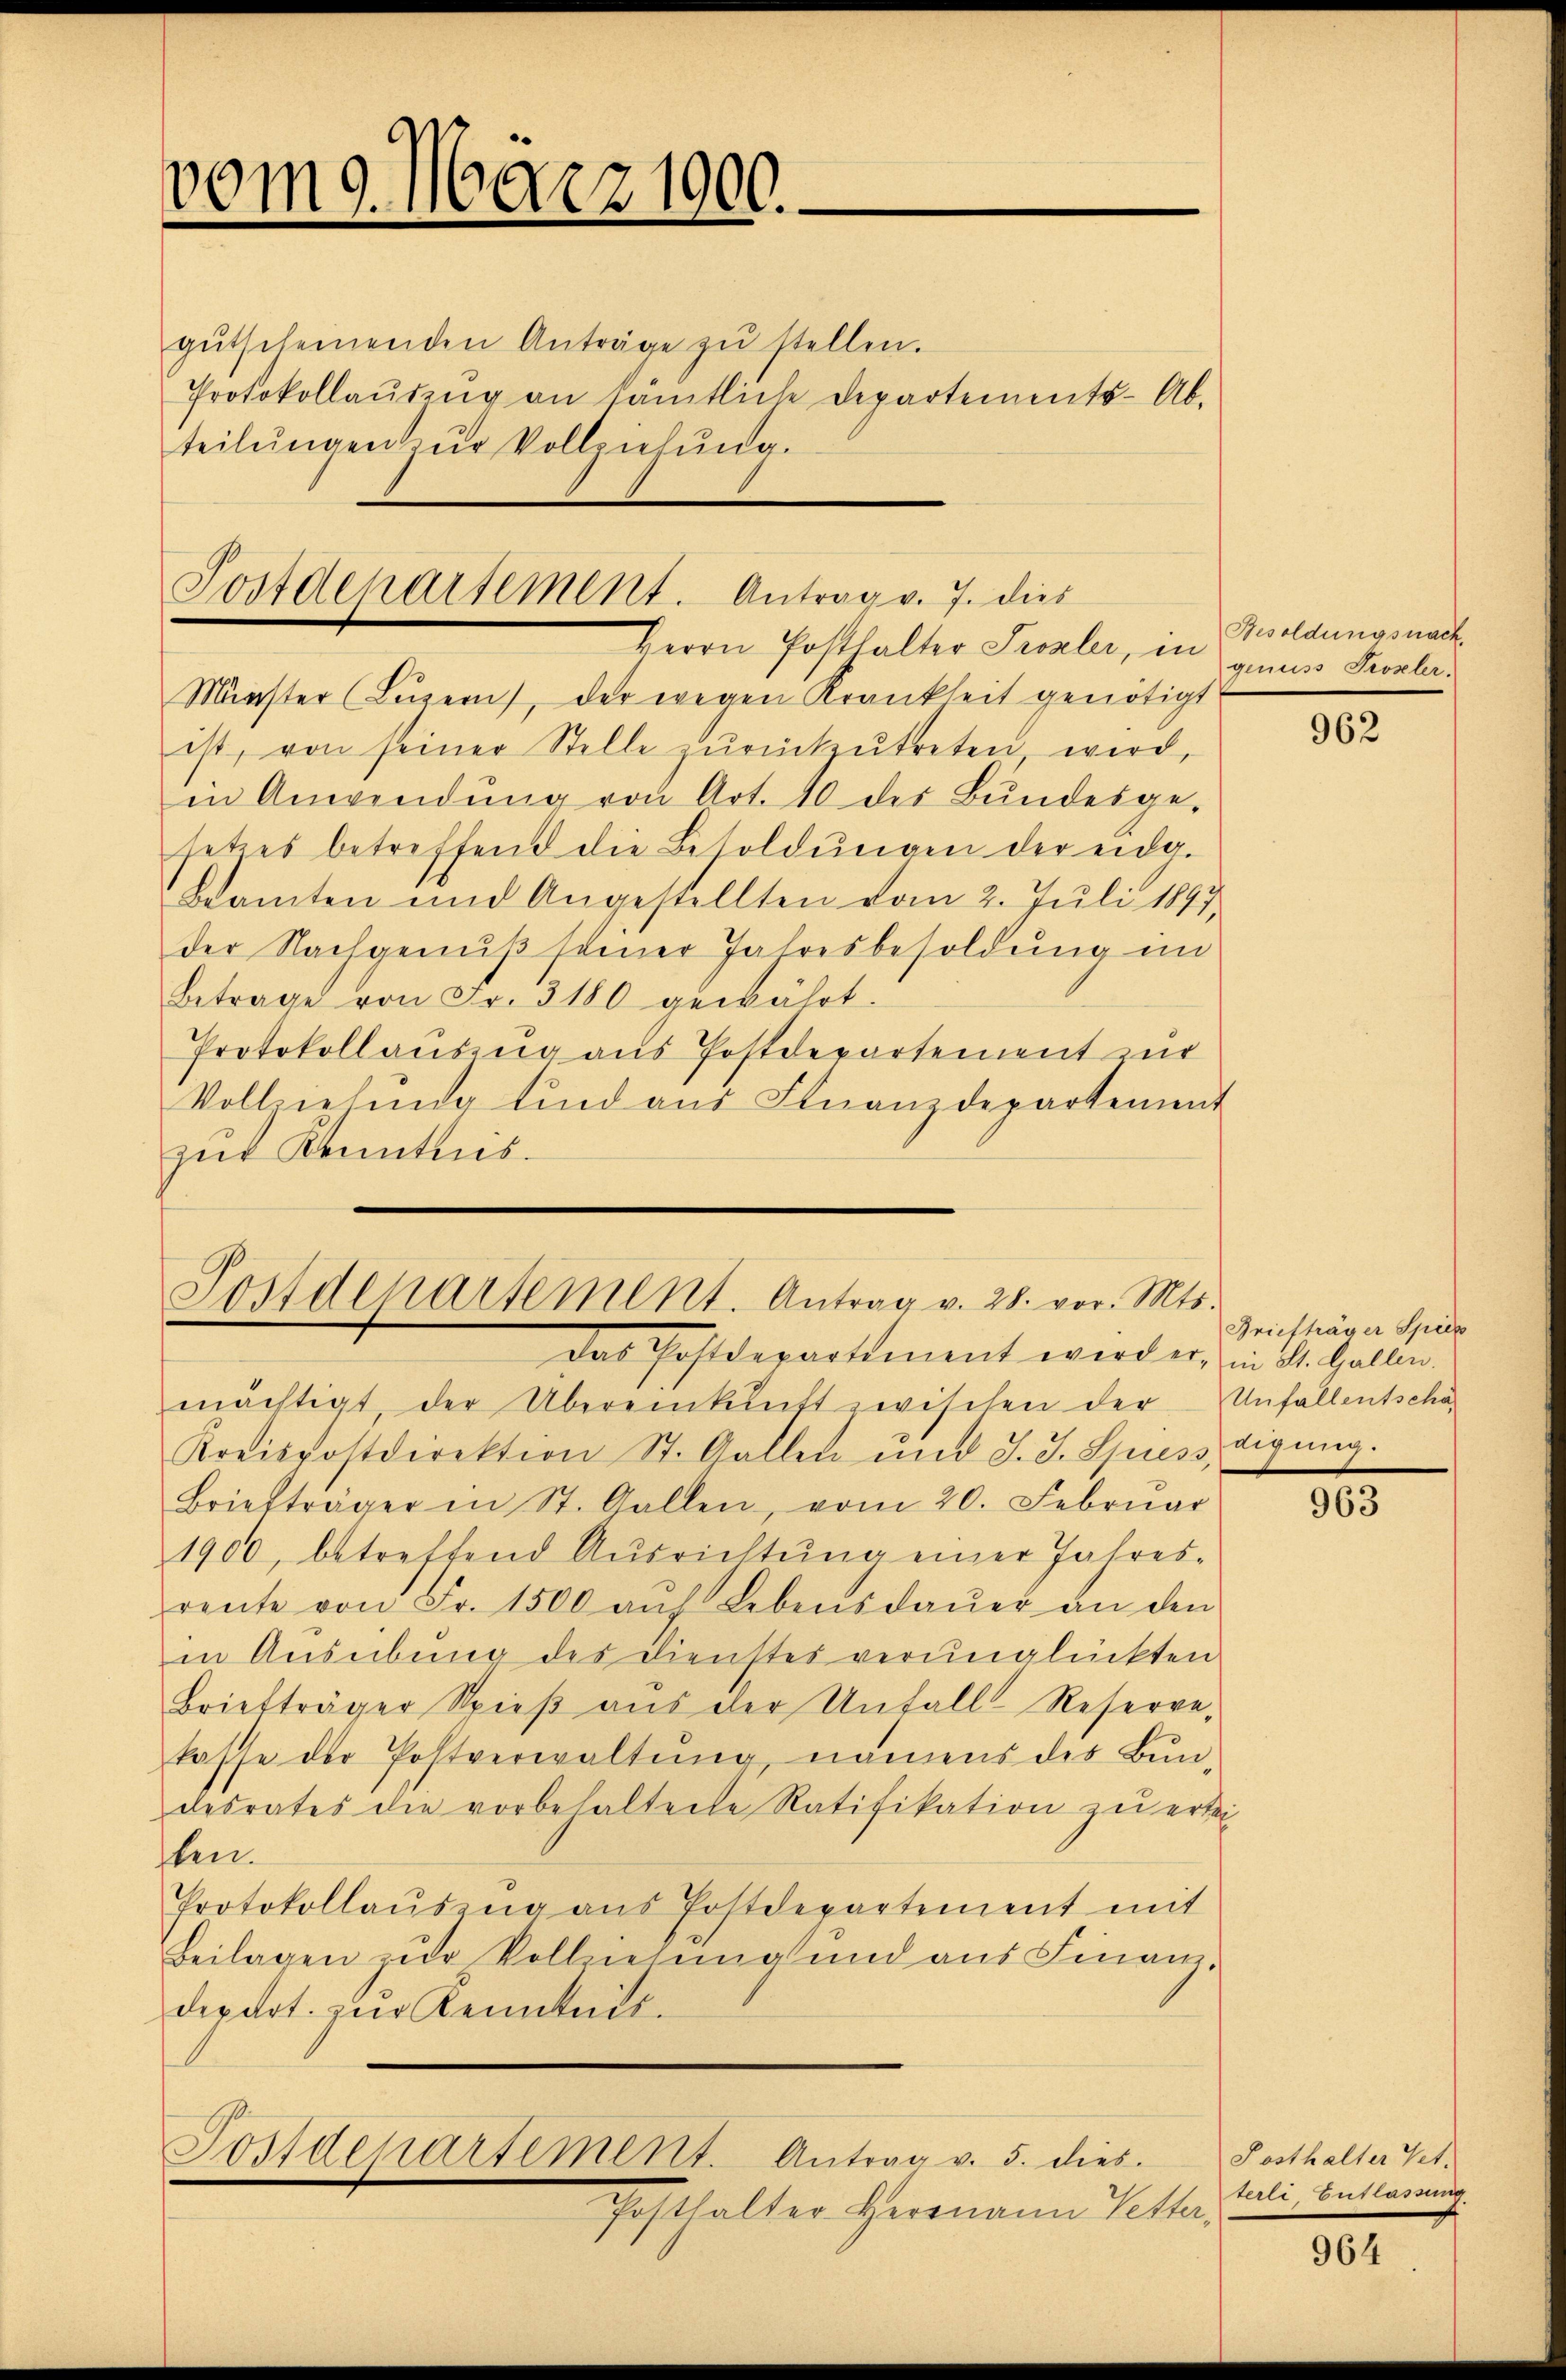
vom 9. März 1900.

gŭtscheinenden Anträge zŭ stellen.
Protokollaŭbeng an sämtliche Departements-Ab-
teilŭngen zŭr Vollziehŭng.

Postdepartement. Antrag v. 7. dies
Herrn Posthalter Prozler, in

Münster (Luzern, der wegen Krankheit genötigt
ist, von seiner Stelle zŭrückzŭtreten, wird,
in Anwendŭng von Art. 40 des Bundesge-
setzes betreffend die Besoldungen der eidg.
kamten und Angestellten vom 2. Juli 1897,
der Nachgenuß seiner Jahresbesoldung in
Betrage von Fr. 3180 gewährt.
Protokollausung aus Postdepartement un
Vollziehung sind aus Finanzdepartement
zur Kenntnis.

Postdepartement. Antrag v. 28. vor. Mts.
das Wohldepartement werden in St. Gallen,

mächtigt, der Übereinkunft zwischen der Unfallentschä-
Kreispostdirektion St. Gallen und J. J. Spiess,
Briefträger in St. Gallen, vom 20. Febrŭar
1900, betreffend Ausrichtŭng einer Jahres-
rente von Fr. 1500 aŭf Lebensdaŭer an den
in Ausübung des Dienstes verunglückten
Briefträger Spieβ aŭs der Unfall Reserve-
kasse der Postverwaltŭng, namens des Bun-
desrates die vorbehaltene Ratifikation zu ertei-
ben.
Protokollaŭszŭg aŭs Postdepartement mit
Beilagen zur Vollziehung und aus Finanz-
derart zŭr Kenntnis.
Postdepartement. Antrag v. 5. dies.
Gasthalter Hermann Petta,

Besoldungsnach.
genuss Proseler.

962

Briefträger Spies
digung.

963

Posthalter Vet.
terli, Entlassung.

964